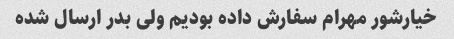
خیارشور مهرام سفارش داده بودیم ولی بدر ارسال شده